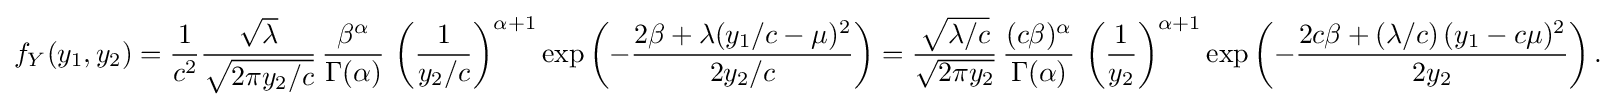
f_{Y}(y_{1},y_{2})={\frac {1}{c^{2}}}{\frac {\sqrt {\lambda }}{\sqrt {2\pi y_{2}/c}}}\,{\frac {\beta ^{\alpha }}{\Gamma (\alpha )}}\,\left({\frac {1}{y_{2}/c}}\right)^{\alpha +1}\exp \left(-{\frac {2\beta +\lambda (y_{1}/c-\mu )^{2}}{2y_{2}/c}}\right)={\frac {\sqrt {\lambda /c}}{\sqrt {2\pi y_{2}}}}\,{\frac {(c\beta )^{\alpha }}{\Gamma (\alpha )}}\,\left({\frac {1}{y_{2}}}\right)^{\alpha +1}\exp \left(-{\frac {2c\beta +(\lambda /c)\,(y_{1}-c\mu )^{2}}{2y_{2}}}\right).\!